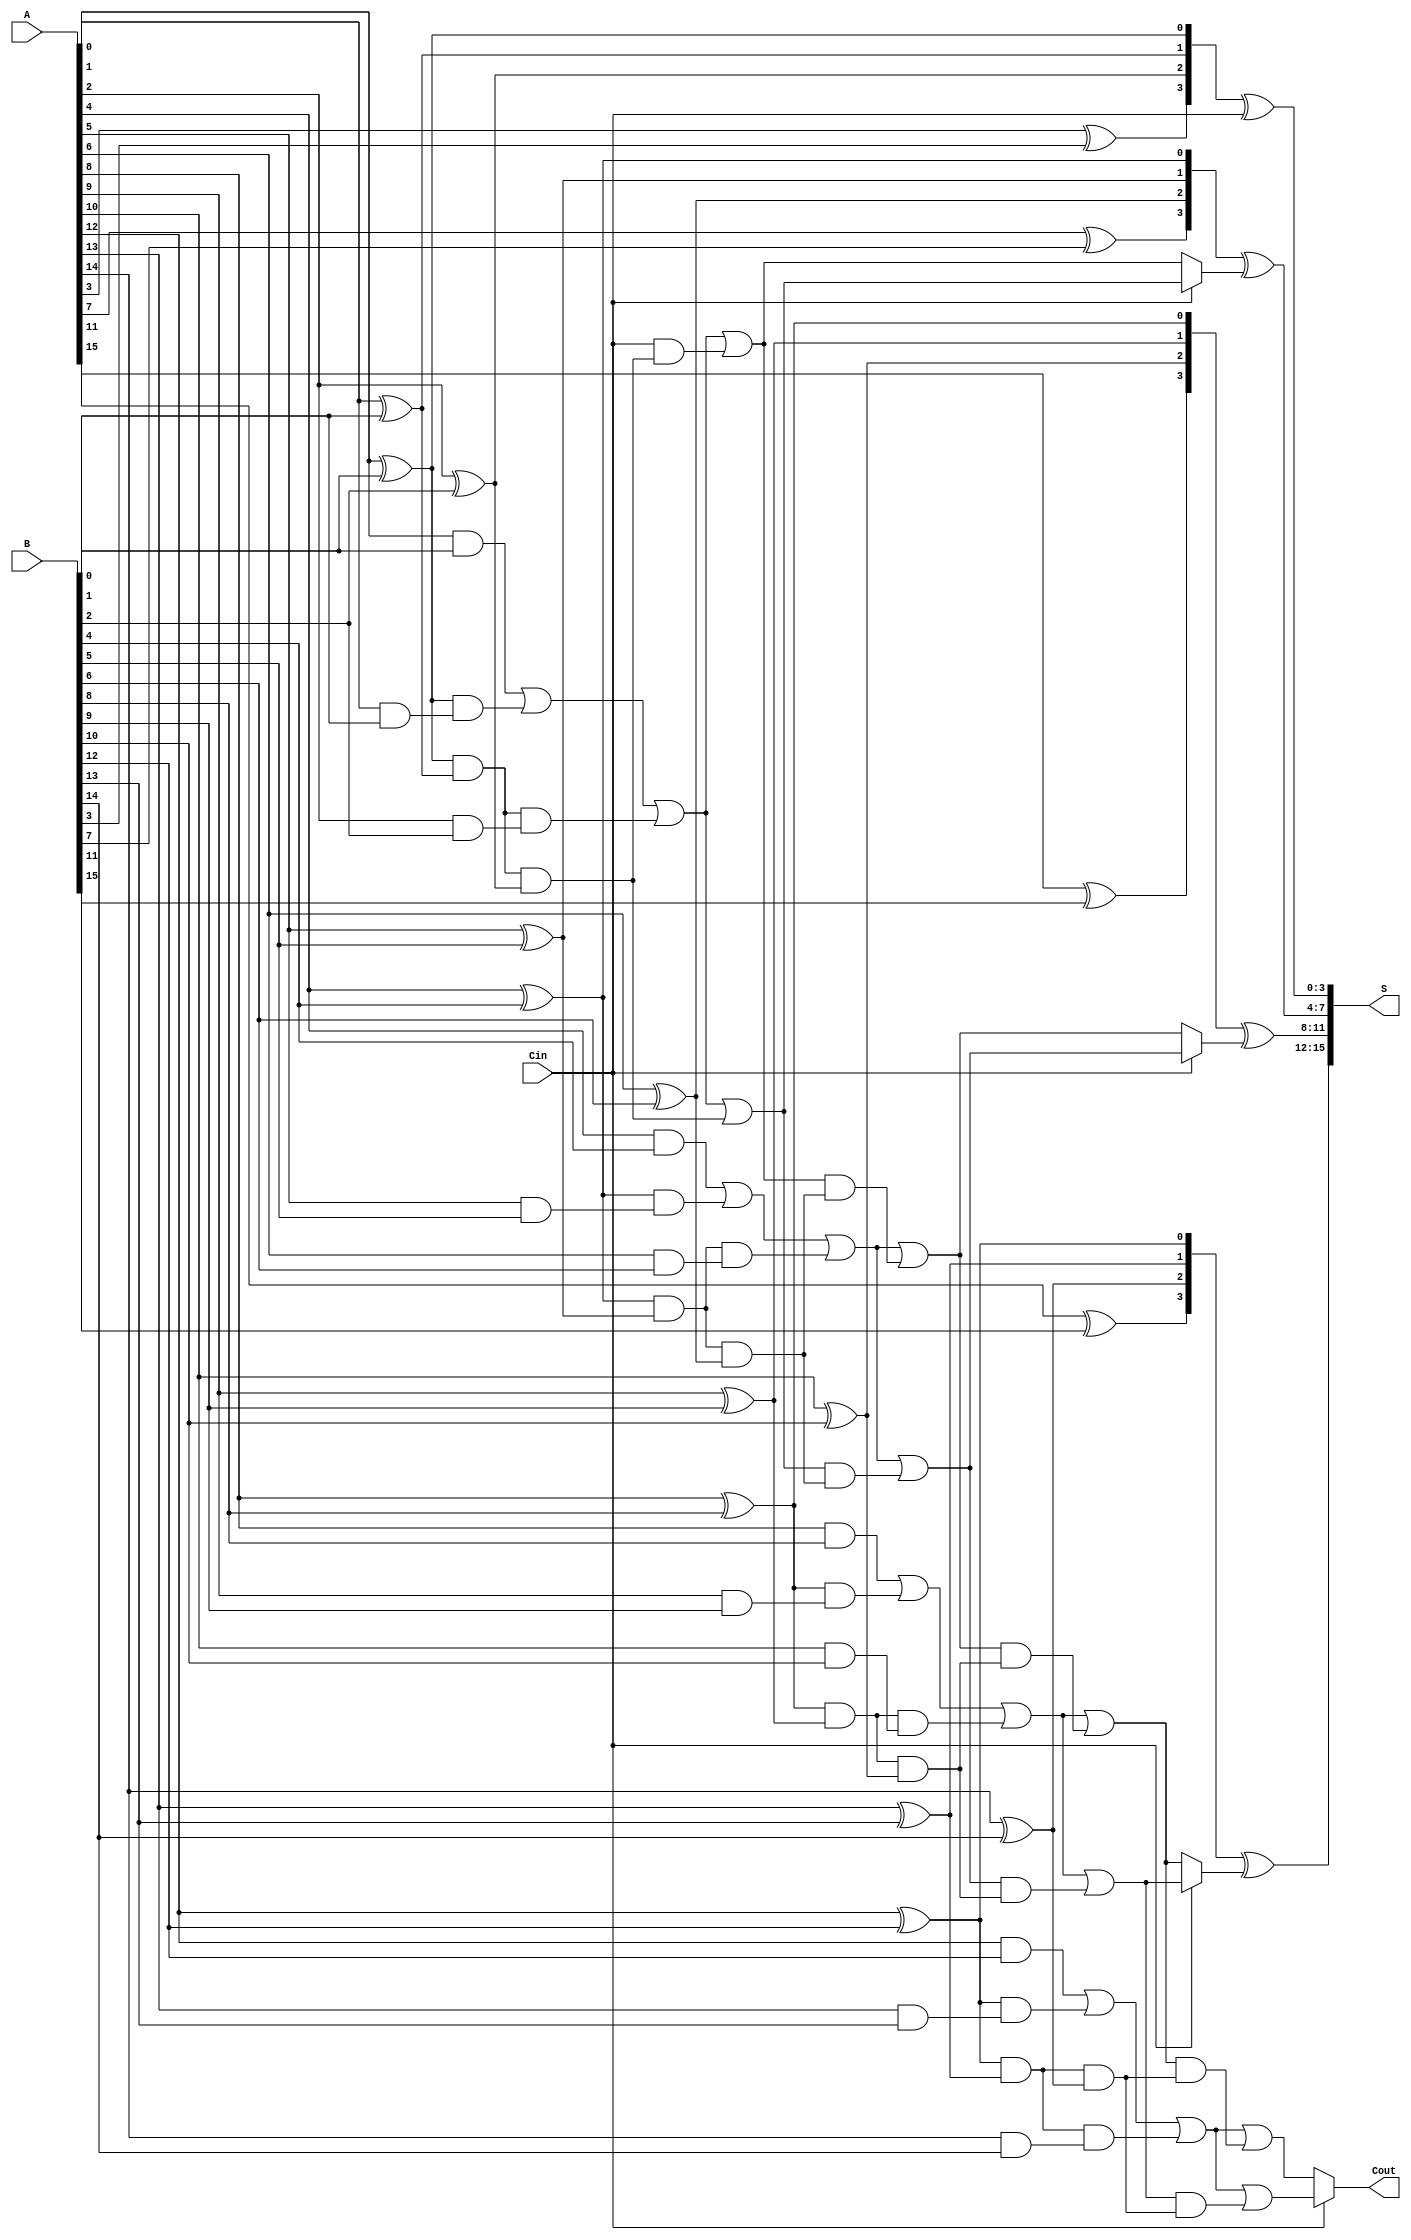
module carry_select_adder #(
    parameter N = 16 // Number of bits, should be a multiple of BLOCK_SIZE
) (
    input [N-1:0] A,
    input [N-1:0] B,
    input Cin,
    output [N-1:0] S,
    output Cout
);

    localparam BLOCK_SIZE = 4; // Size of each block
    localparam NUM_BLOCKS = N / BLOCK_SIZE; // Number of blocks

    wire [BLOCK_SIZE:0] G [NUM_BLOCKS-1:0]; // Carry generate signals
    wire [BLOCK_SIZE:0] P [NUM_BLOCKS-1:0]; // Carry propagate signals
    wire [BLOCK_SIZE-1:0] S_temp [NUM_BLOCKS-1:0]; // Temporary sums
    wire [NUM_BLOCKS-1:0] C0, C1; // Carry outputs with Cin = 0 and Cin = 1
    wire [NUM_BLOCKS-1:0] selected_C; // Selected carry outputs for each block

    // Generate Carry and Propagate for each block
    genvar i, j;
    generate
        for (i = 0; i < NUM_BLOCKS; i = i + 1) begin : blocks
            for (j = 0; j < BLOCK_SIZE; j = j + 1) begin : bit_ops
                // Indices for A and B
                wire a = A[i * BLOCK_SIZE + j];
                wire b = B[i * BLOCK_SIZE + j];

                // Carry generate and propagate logic
                assign P[i][j] = a ^ b; // Propagate
                assign G[i][j] = a & b; // Generate
            end
            
            // Calculate Generate and Propagate for the whole block
            // G[BLOCK_SIZE] = G[0] + (P[0] & G[1]) + (P[0] & P[1] & G[2]) + ...
            assign G[i][BLOCK_SIZE] = G[i][0] | (P[i][0] & G[i][1]) | (P[i][0] & P[i][1] & G[i][2]);
            assign P[i][BLOCK_SIZE] = P[i][0] & P[i][1] & P[i][2]; // Overall propagate for block
            
            // Calculate carry outputs for both cases (Cin = 0 and Cin = 1)
            if (i == 0) begin
                assign C0[i] = G[i][BLOCK_SIZE] | (Cin & P[i][BLOCK_SIZE]);
                assign C1[i] = G[i][BLOCK_SIZE] | P[i][BLOCK_SIZE];
            end else begin
                assign C0[i] = G[i][BLOCK_SIZE] | (C0[i-1] & P[i][BLOCK_SIZE]);
                assign C1[i] = G[i][BLOCK_SIZE] | (C1[i-1] & P[i][BLOCK_SIZE]);
            end
            
            // Sum calculation
            assign S_temp[i] = P[i][BLOCK_SIZE-1:0] ^ (i == 0 ? Cin : selected_C[i-1]);
        end
    endgenerate

    // Mux to select the carry output for final carry
    assign selected_C[0] = (Cin == 1'b0) ? C0[0] : C1[0];
    generate
        for (i = 1; i < NUM_BLOCKS; i = i + 1) begin : mux_select
            assign selected_C[i] = (Cin == 1'b0) ? C0[i] : C1[i];
        end
    endgenerate

    // Final sum output
    assign S = {S_temp[NUM_BLOCKS-1], S_temp[NUM_BLOCKS-2], S_temp[NUM_BLOCKS-3], S_temp[NUM_BLOCKS-4]};

    // Final carry output
    assign Cout = selected_C[NUM_BLOCKS-1];

endmodule